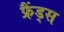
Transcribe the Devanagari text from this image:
फ्रैंड्स